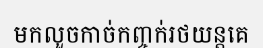
មកលួចកាច់កញ្ចក់រថយន្តគេ